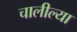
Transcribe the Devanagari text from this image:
चालील्या